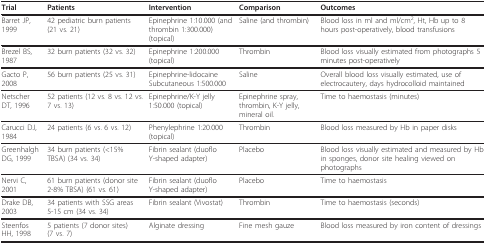
<table><thead><tr><td><b>Trial</b></td><td><b>Patients</b></td><td><b>Intervention</b></td><td><b>Comparison</b></td><td><b>Outcomes</b></td></tr></thead><tbody><tr><td>Barret JP, 1999</td><td>42 pediatric burn patients (21 vs. 21)</td><td>Epinephrine 1:10.000 (and thrombin 1:300.000) (topical)</td><td>Saline (and thrombin)</td><td>Blood loss in ml and ml/cm<sup>2</sup>, Ht, Hb up to 8 hours post-operatively, blood transfusions</td></tr><tr><td>Brezel BS, 1987</td><td>32 burn patients (32 vs. 32)</td><td>Epinephrine 1:200.000 (topical)</td><td>Thrombin</td><td>Blood loss visually estimated from photographs 5 minutes post-operatively</td></tr><tr><td>Gacto P, 2008</td><td>56 burn patients (25 vs. 31)</td><td>Epinephrine-lidocaine Subcutaneous 1:500.000</td><td>Saline</td><td>Overall blood loss visually estimated, use of electrocautery, days hydrocolloid maintained</td></tr><tr><td>Netscher DT, 1996</td><td>52 patients (12 vs. 8 vs. 12 vs. 7 vs. 13)</td><td>Epinephrine/K-Y jelly 1:50.000 (topical)</td><td>Epinephrine spray, thrombin, K-Y jelly, mineral oil.</td><td>Time to haemostasis (minutes)</td></tr><tr><td>Carucci DJ, 1984</td><td>24 patients (6 vs. 6 vs. 12)</td><td>Phenylephrine 1:20.000 (topical)</td><td>Thrombin</td><td>Blood loss measured by Hb in paper disks</td></tr><tr><td>Greenhalgh DG, 1999</td><td>34 burn patients (&lt;15% TBSA) (34 vs. 34)</td><td>Fibrin sealant (duoflo Y-shaped adapter)</td><td>Placebo</td><td>Blood loss visually estimated and measured by Hb in sponges, donor site healing viewed on photographs</td></tr><tr><td>Nervi C, 2001</td><td>61 burn patients (donor site 2-8% TBSA) (61 vs. 61)</td><td>Fibrin sealant (duoflo Y-shaped adapter)</td><td>Placebo</td><td>Time to haemostasis</td></tr><tr><td>Drake DB, 2003</td><td>34 patients with SSG areas 5-15 cm (34 vs. 34)</td><td>Fibrin sealant (Vivostat)</td><td>Thrombin</td><td>Time to haemostasis (seconds)</td></tr><tr><td>Steenfos HH, 1998</td><td>5 patients (7 donor sites) (7 vs. 7)</td><td>Alginate dressing</td><td>Fine mesh gauze</td><td>Blood loss measured by iron content of dressings</td></tr></tbody></table>